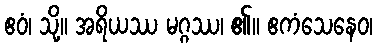
ဧဝံ၊ သို့။ အရိယဿ မဂ္ဂဿ၊ ၏။ ဧကံသေနေဝ၊